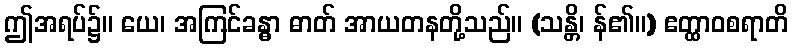
ဤအရပ်၌။ ယေ၊ အကြင်ခန္ဓာ ဓာတ် အာယတနတို့သည်။ (သန္တိ၊ န်၏။) ဧတ္ထာဝစရာတိ